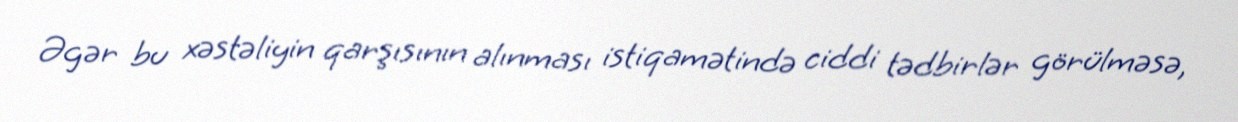
Əgər bu xəstəliyin qarşısının alınması istiqamətində ciddi tədbirlər görülməsə,